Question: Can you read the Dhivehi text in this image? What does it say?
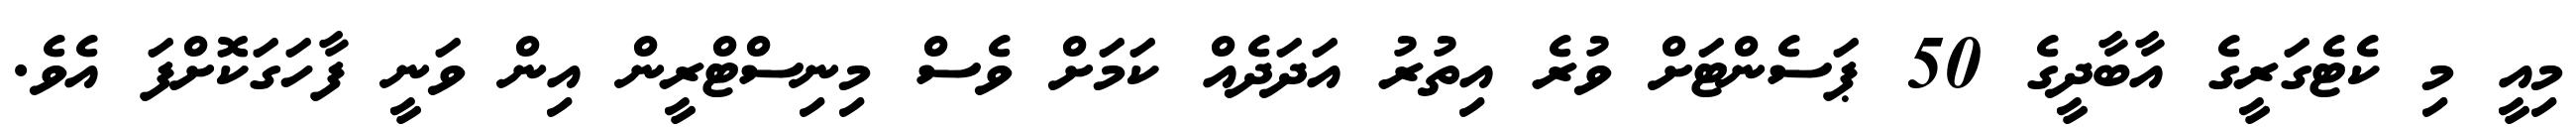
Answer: މިއީ މި ކެޓެގަރީގެ އާބާދީގެ 50 ޕަސެންޓަށް ވުރެ އިތުރު އަދަދެއް ކަމަށް ވެސް މިނިސްޓްރީން އިން ވަނީ ފާހަގަކޮށްފަ އެވެ.